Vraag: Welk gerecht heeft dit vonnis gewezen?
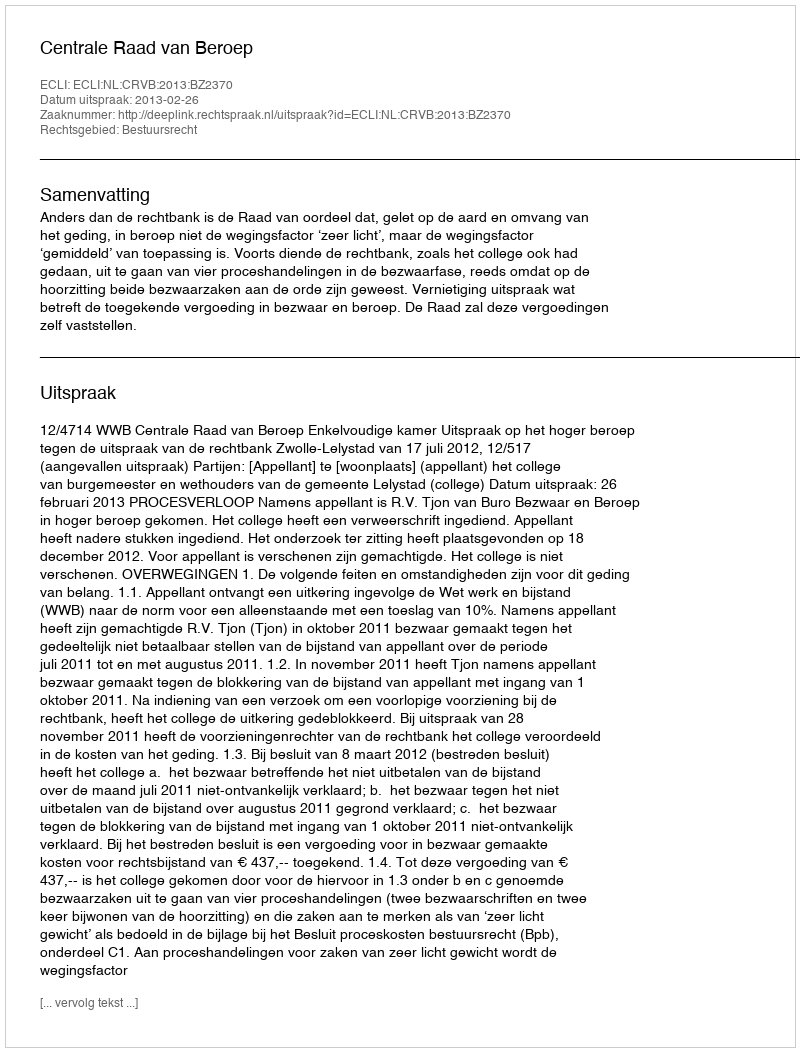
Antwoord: Centrale Raad van Beroep